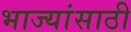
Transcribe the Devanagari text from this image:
भाज्यांसाठी